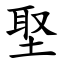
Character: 埾